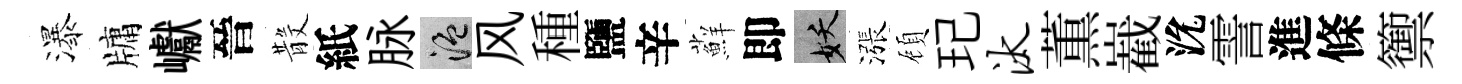
瀑牗巘晉𣪚紙脉温风種鹽辛蘚即妖漲頋玘汰薫嶻沇霅進條籞